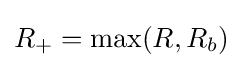
R_{+}=\mathrm {max} (R,R_{b})